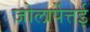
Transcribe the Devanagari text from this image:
जोलार्पेत्तई